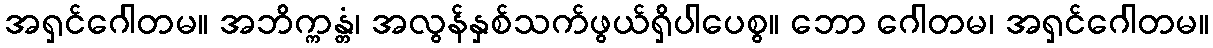
အရှင်ဂေါတမ။ အဘိက္ကန္တံ၊ အလွန်နှစ်သက်ဖွယ်ရှိပါပေစွ။ ဘော ဂေါတမ၊ အရှင်ဂေါတမ။